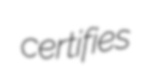
certifies